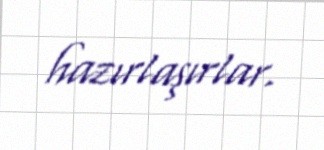
hazırlaşırlar.